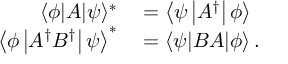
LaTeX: \begin{array} { r l } { \langle \phi | A | \psi \rangle ^ { * } } & { { } = \left\langle \psi \left| A ^ { \dagger } \right| \phi \right\rangle } \\ { \left\langle \phi \left| A ^ { \dagger } B ^ { \dagger } \right| \psi \right\rangle ^ { * } } & { { } = \langle \psi | B A | \phi \rangle \, . } \end{array}